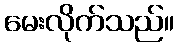
မေးလိုက်သည်။